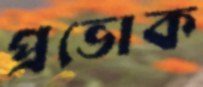
প্রভোক